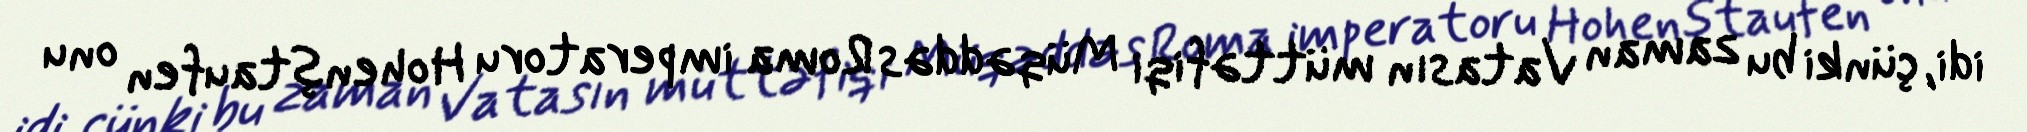
idi, çünki bu zaman Vatasın müttəfiqi Müqəddəs Roma imperatoru Hohenştaufen onu